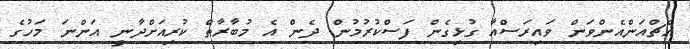
އެޗްއަންއެންވަން ވައިރަސްއާ ގުޅިގެން ފަސްކުރުމުން ދެން އެ މުބާރާތް ކުރިއަށްދާނީ އަންނަ މަހުގެ